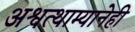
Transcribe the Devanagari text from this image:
अश्वत्थाम्यानेही